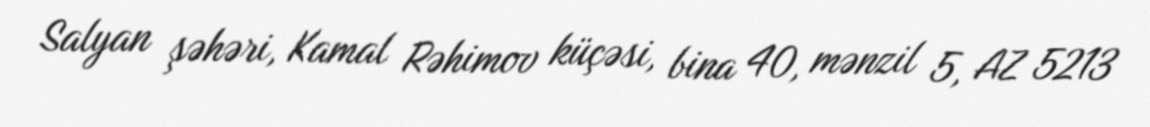
Salyan şəhəri, Kamal Rəhimov küçəsi, bina 40, mənzil 5, AZ 5213